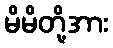
မိမိတို့အား